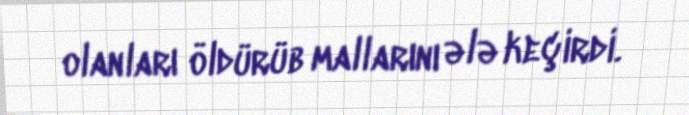
olanları öldürüb mallarını ələ keçirdi.